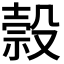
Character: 𬆭